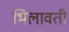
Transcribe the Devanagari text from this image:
भिलावती